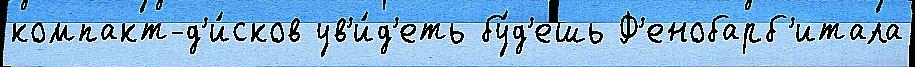
компакт-д'и́сков ув'и́д'еть бу́д'ешь Ф'енобарб'итала